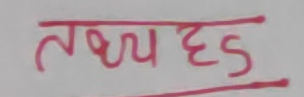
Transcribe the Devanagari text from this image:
तथ्य हड